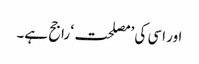
اور اسی کی ’مصلحت‘ راجح ہے۔